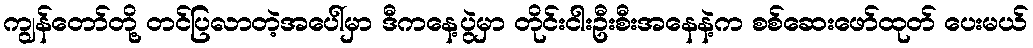
ကျွန်တော်တို့ တင်ပြလာတဲ့အပေါ်မှာ ဒီကနေ့ပွဲမှာ တိုင်းငါးဦးစီးအနေနဲ့က စစ်ဆေးဖော်ထုတ် ပေးမယ်